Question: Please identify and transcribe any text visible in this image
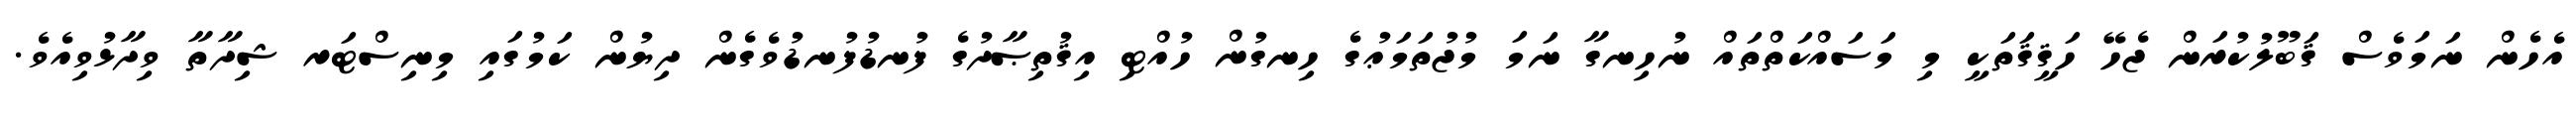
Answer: އެހެން ނަމަވެސް ޤަބޫލުކުރަން ޖެހޭ ހަޤީޤަތަކީ މި މަސައްކަތްތައް ނުހިނގާ ނަމަ މުޖުތަމަޢުގެ ހިނގުން ހުއްޓި އިޤުތިޞާދުގެ ފުނޑުފުނޑުވެގެން ދިޔުން ކަމުގައި މިނިސްޓަރ ޝިދާތާ ވިދާޅުވިއެވެ.